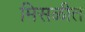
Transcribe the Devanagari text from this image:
मिसळीत